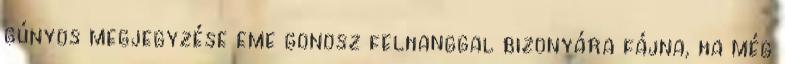
gúnyos megjegyzése eme gonosz felhanggal bizonyára fájna, ha még